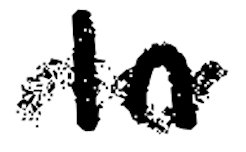
Text: In
Cross-out: wave
Writing tool: digital_black